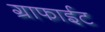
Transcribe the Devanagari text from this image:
ग्राफाईट